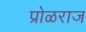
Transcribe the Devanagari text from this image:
प्रोळराज